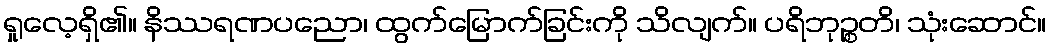
ရှုလေ့ရှိ၏။ နိဿရဏပညော၊ ထွက်မြောက်ခြင်းကို သိလျက်။ ပရိဘုဉ္စတိ၊ သုံးဆောင်။